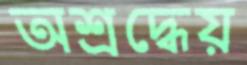
অশ্রদ্ধেয়